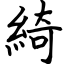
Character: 綺